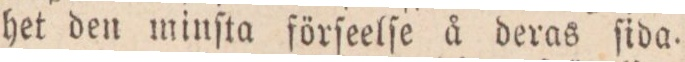
het den minſta förſeelſe å deras ſida.